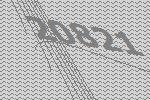
20821